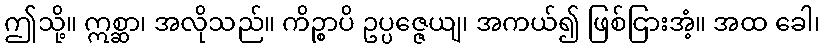
ဤသို့။ ဣစ္ဆာ၊ အလိုသည်။ ကိဉ္စာပိ ဥပ္ပဇ္ဇေယျ၊ အကယ်၍ ဖြစ်ငြားအံ့။ အထ ခေါ၊